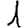
Digit: 1